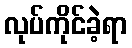
လုပ်ကိုင်ခဲ့ရာ